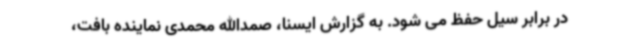
در برابر سیل حفظ می شود. به گزارش ایسنا، صمدالله محمدی نماینده بافت،